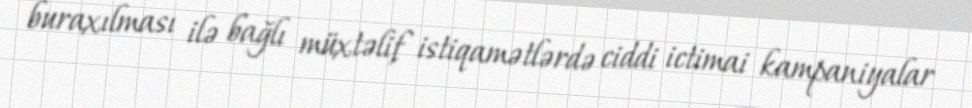
buraxılması ilə bağlı müxtəlif istiqamətlərdə ciddi ictimai kampaniyalar